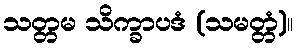
သတ္တမ သိက္ခာပဒံ (သမတ္တံ)။